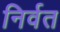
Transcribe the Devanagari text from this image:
निर्वत